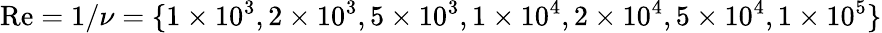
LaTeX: \mathrm{{Re}}=1/\nu=\{ 1\times 10^{3},2\times 10^{3},5\times 10^{3},1\times 10^{4},2\times 10^{4},5\times 10^{4},1\times 10^{5}\}